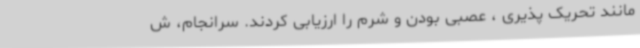
مانند تحریک پذیری ، عصبی بودن و شرم‌ را ارزیابی کردند. سرانجام، ش